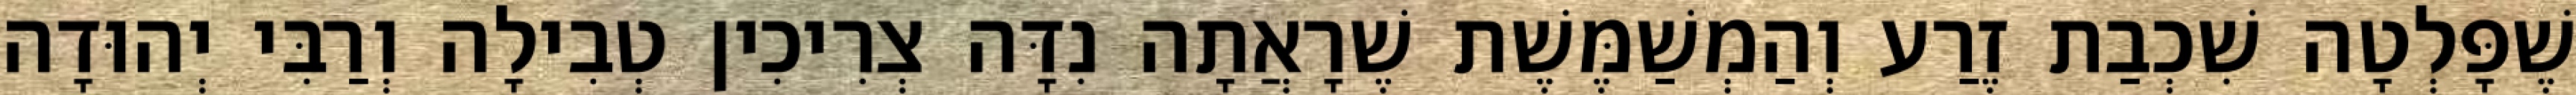
שֶׁפָּלְטָה שִׁכְבַת זֶרַע וְהַמְשַׁמֶּשֶׁת שֶׁרָאֲתָה נִדָּה צְרִיכִין טְבִילָה וְרַבִּי יְהוּדָה